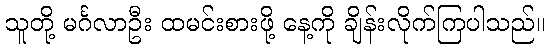
သူတို့ မင်္ဂလာဦး ထမင်းစားဖို့ နေ့ကို ချိန်းလိုက်ကြပါသည်။